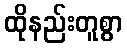
ထိုနည်းတူစွာ